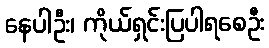
နေပါဦး၊ ကိုယ်ရှင်းပြပါရစေဦး